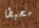
محبطا